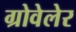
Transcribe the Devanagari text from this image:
ग्रोवेलेर